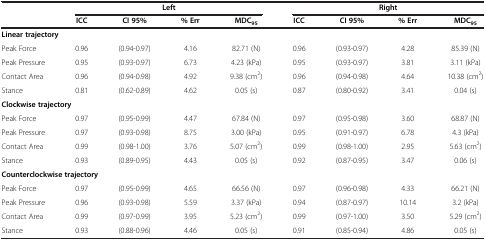
<table><thead><tr><td><b> </b></td><td colspan="4"><b>Left</b></td><td colspan="4"><b>Right</b></td></tr><tr><td><b> </b></td><td><b>ICC</b></td><td><b>CI 95%</b></td><td><b>% Err</b></td><td><b>MDC<sub>95</sub></b></td><td><b>ICC</b></td><td><b>CI 95%</b></td><td><b>% Err</b></td><td><b>MDC<sub>95</sub></b></td></tr></thead><tbody><tr><td colspan="5"><b>Linear trajectory</b></td><td colspan="4"> </td></tr><tr><td>Peak Force</td><td>0.96</td><td>(0.94-0.97)</td><td>4.16</td><td>82.71 (N)</td><td>0.96</td><td>(0.93-0.97)</td><td>4.28</td><td>85.39 (N)</td></tr><tr><td>Peak Pressure</td><td>0.95</td><td>(0.93-0.97)</td><td>6.73</td><td>4.23 (kPa)</td><td>0.95</td><td>(0.93-0.97)</td><td>3.81</td><td>3.11 (kPa)</td></tr><tr><td>Contact Area</td><td>0.96</td><td>(0.94-0.98)</td><td>4.92</td><td>9.38 (cm<sup>2</sup>)</td><td>0.96</td><td>(0.94-0.98)</td><td>4.64</td><td>10.38 (cm<sup>2</sup>)</td></tr><tr><td>Stance</td><td>0.81</td><td>(0.62-0.89)</td><td>4.62</td><td>0.05 (s)</td><td>0.87</td><td>(0.80-0.92)</td><td>3.41</td><td>0.04 (s)</td></tr><tr><td colspan="5"><b>Clockwise trajectory</b></td><td colspan="4"> </td></tr><tr><td>Peak Force</td><td>0.97</td><td>(0.95-0.99)</td><td>4.47</td><td>67.84 (N)</td><td>0.97</td><td>(0.95-0.98)</td><td>3.60</td><td>68.87 (N)</td></tr><tr><td>Peak Pressure</td><td>0.97</td><td>(0.93-0.98)</td><td>8.75</td><td>3.00 (kPa)</td><td>0.95</td><td>(0.91-0.97)</td><td>6.78</td><td>4.3 (kPa)</td></tr><tr><td>Contact Area</td><td>0.99</td><td>(0.98-1.00)</td><td>3.76</td><td>5.07 (cm<sup>2</sup>)</td><td>0.99</td><td>(0.98-1.00)</td><td>2.95</td><td>5.63 (cm<sup>2</sup>)</td></tr><tr><td>Stance</td><td>0.93</td><td>(0.89-0.95)</td><td>4.43</td><td>0.05 (s)</td><td>0.92</td><td>(0.87-0.95)</td><td>3.47</td><td>0.06 (s)</td></tr><tr><td colspan="5"><b>Counterclockwise trajectory</b></td><td colspan="4"> </td></tr><tr><td>Peak Force</td><td>0.97</td><td>(0.95-0.99)</td><td>4.65</td><td>66.56 (N)</td><td>0.97</td><td>(0.96-0.98)</td><td>4.33</td><td>66.21 (N)</td></tr><tr><td>Peak Pressure</td><td>0.96</td><td>(0.93-0.98)</td><td>5.59</td><td>3.37 (kPa)</td><td>0.94</td><td>(0.87-0.97)</td><td>10.14</td><td>3.2 (kPa)</td></tr><tr><td>Contact Area</td><td>0.99</td><td>(0.97-0.99)</td><td>3.95</td><td>5.23 (cm<sup>2</sup>)</td><td>0.99</td><td>(0.97-1.00)</td><td>3.50</td><td>5.29 (cm<sup>2</sup>)</td></tr><tr><td>Stance</td><td>0.93</td><td>(0.88-0.96)</td><td>4.46</td><td>0.05 (s)</td><td>0.91</td><td>(0.85-0.94)</td><td>4.86</td><td>0.05 (s)</td></tr></tbody></table>